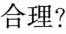
合理?